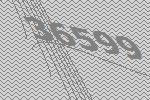
36599